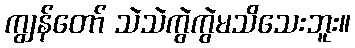
ကျွန်တော် သဲသဲကွဲကွဲမသိသေးဘူး။